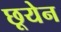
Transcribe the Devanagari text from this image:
छूयेन